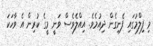
މި ފިލްމުގައި ފެނިގެން ދިއުމެވެ. އިއްލެވެސް ވަނީ މީގެ ކުރިން އެ ވާހަކަ